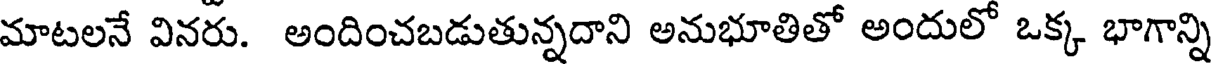
మాటలనే వినరు. అందించబడుతున్నదాని అనుభూతితో అందులో ఒక్క భాగాన్ని